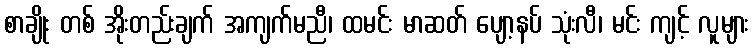
စာချိုး တစ် အိုးတည်းချက် အကျက်မညီ၊ ထမင်း မာဆတ် ပျော့နပ် သုံးလီ၊ မင်း ကျင့် လူများ